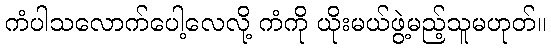
ကံပါသလောက်ပေါ့လေလို့ ကံကို ယိုးမယ်ဖွဲ့မည့်သူမဟုတ်။